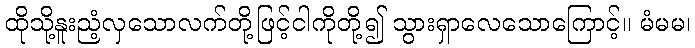
ထိုသို့နူးညံ့လှသောလက်တို့ဖြင့်ငါကိုတို့၍ သွားရှာလေသောကြောင့်။ မံမမ၊